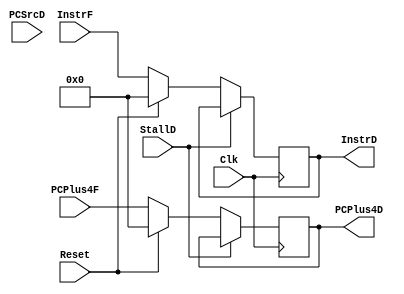
`timescale 1ns / 1ps
//////////////////////////////////////////////////////////////////////////////////
// Company: 
// Engineer: 
// 
// Design Name: 
// Module Name:    IFID 
// Project Name: 
// Target Devices: 
// Tool versions: 
// Description: 
//
// Dependencies: 
//
// Revision: 
// Revision 0.01 - File Created
// Additional Comments: 
//
//////////////////////////////////////////////////////////////////////////////////
module IFID(
	input Clk,
	input Reset,
	input StallD,
	input [1:0]PCSrcD,
	
	input [31:0]PCPlus4F,
	input [31:0]InstrF,

	output [31:0]InstrD,
	output [31:0]PCPlus4D
    );
	reg [31:0]addr,instruction;
	initial begin
		addr<=32'b0;
		instruction<=32'b0;	
	end
	
   assign PCPlus4D=addr,
			 InstrD=instruction;
	always @(posedge Clk)begin
		if(StallD==0)begin
			if(Reset)begin
				addr<=32'b0;
				instruction<=32'b0;						
			end
			else begin
				addr<=PCPlus4F;
				instruction<=InstrF;
			end
		 end
	end

endmodule